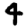
Digit: 4